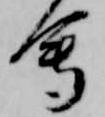
會